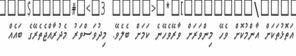
އަތޮޅުތަކަށް އާންމުކޮށް ވެހޭ މިންވަރަށް ވާރޭވެހޭނެ ކަމަށް ބެލެވޭ. މިދުވަސްވަރު މެދުރާއްޖެތެރޭގެ ބައެއް